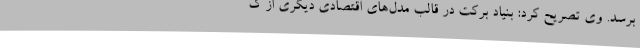
برسد. وی تصریح کرد: بنیاد برکت در قالب مدل‌های اقتصادی دیگری از ک